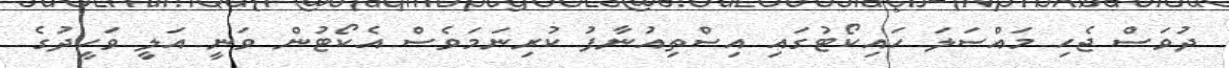
ދުވަސް ޖެހި މައްސަލަ ހައިކޯޓުގައި އިސްތިއުނާފު ކުރިނަމަވެސް އެެކޯޓުން ވަނީ އަލީ ވަހީދުގެ